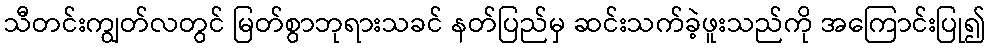
သီတင်းကျွတ်လတွင် မြတ်စွာဘုရားသခင် နတ်ပြည်မှ ဆင်းသက်ခဲ့ဖူးသည်ကို အကြောင်းပြု၍